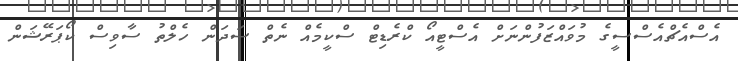
އެސްއެޗްއެސްސީގެ މުވައްޒަފުންނަށް އެސްޓީއޯ ކްރެޑިޓް ސްކީމެއް ނެތް ސަދަން ހެލްތު ސާވިސް ކޯޕަރޭޝަން